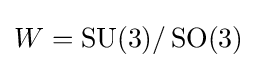
W=\operatorname {SU} (3)/\operatorname {SO} (3)